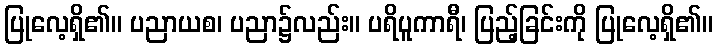
ပြုလေ့ရှိ၏။ ပညာယစ၊ ပညာ၌လည်း။ ပရိပူကာရီ၊ ပြည့်ခြင်းကို ပြုလေ့ရှိ၏။